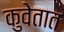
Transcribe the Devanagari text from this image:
कुवेतात